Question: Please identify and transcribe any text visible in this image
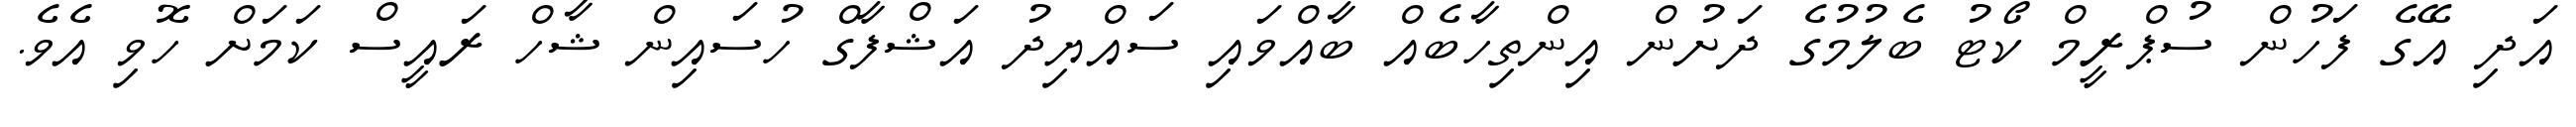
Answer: އަދި އޭގެ ފަހުން ސުޕްރީމް ކޯޓު ބެލުމުގެ ދަށުން އިންތިހާބެއް ބާއްވައި ސައްޔިދު އަޝްފާގް ހުސައިން ޝާހް ރައީސް ކަމަށް ހޮވި އެވެ.